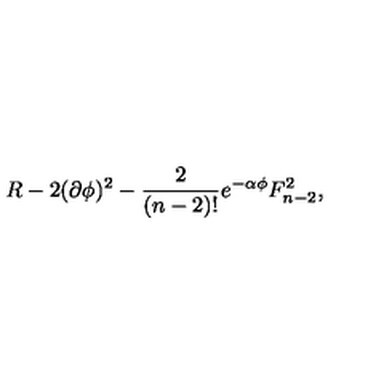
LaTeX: R - 2 ( \partial \phi ) ^ { 2 } - { \frac { 2 } { ( n - 2 ) ! } } e ^ { - \alpha \phi } F _ { n - 2 } ^ { 2 } ,